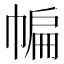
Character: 𱜯